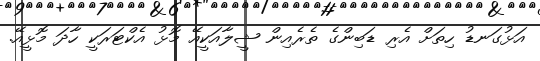
އަޅުގަނޑު ހިތަށް އެރި ޑަބިންގެ ތެރެއިން ޝީލާއަކީއޭ މޮޅު އެކްޓަރަކީ ހާދަ މޮޅީއޭ.